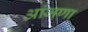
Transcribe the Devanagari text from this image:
आंजणा